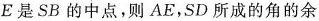
E是SB的中点，则AE，SD所成的角的余